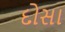
દોસા